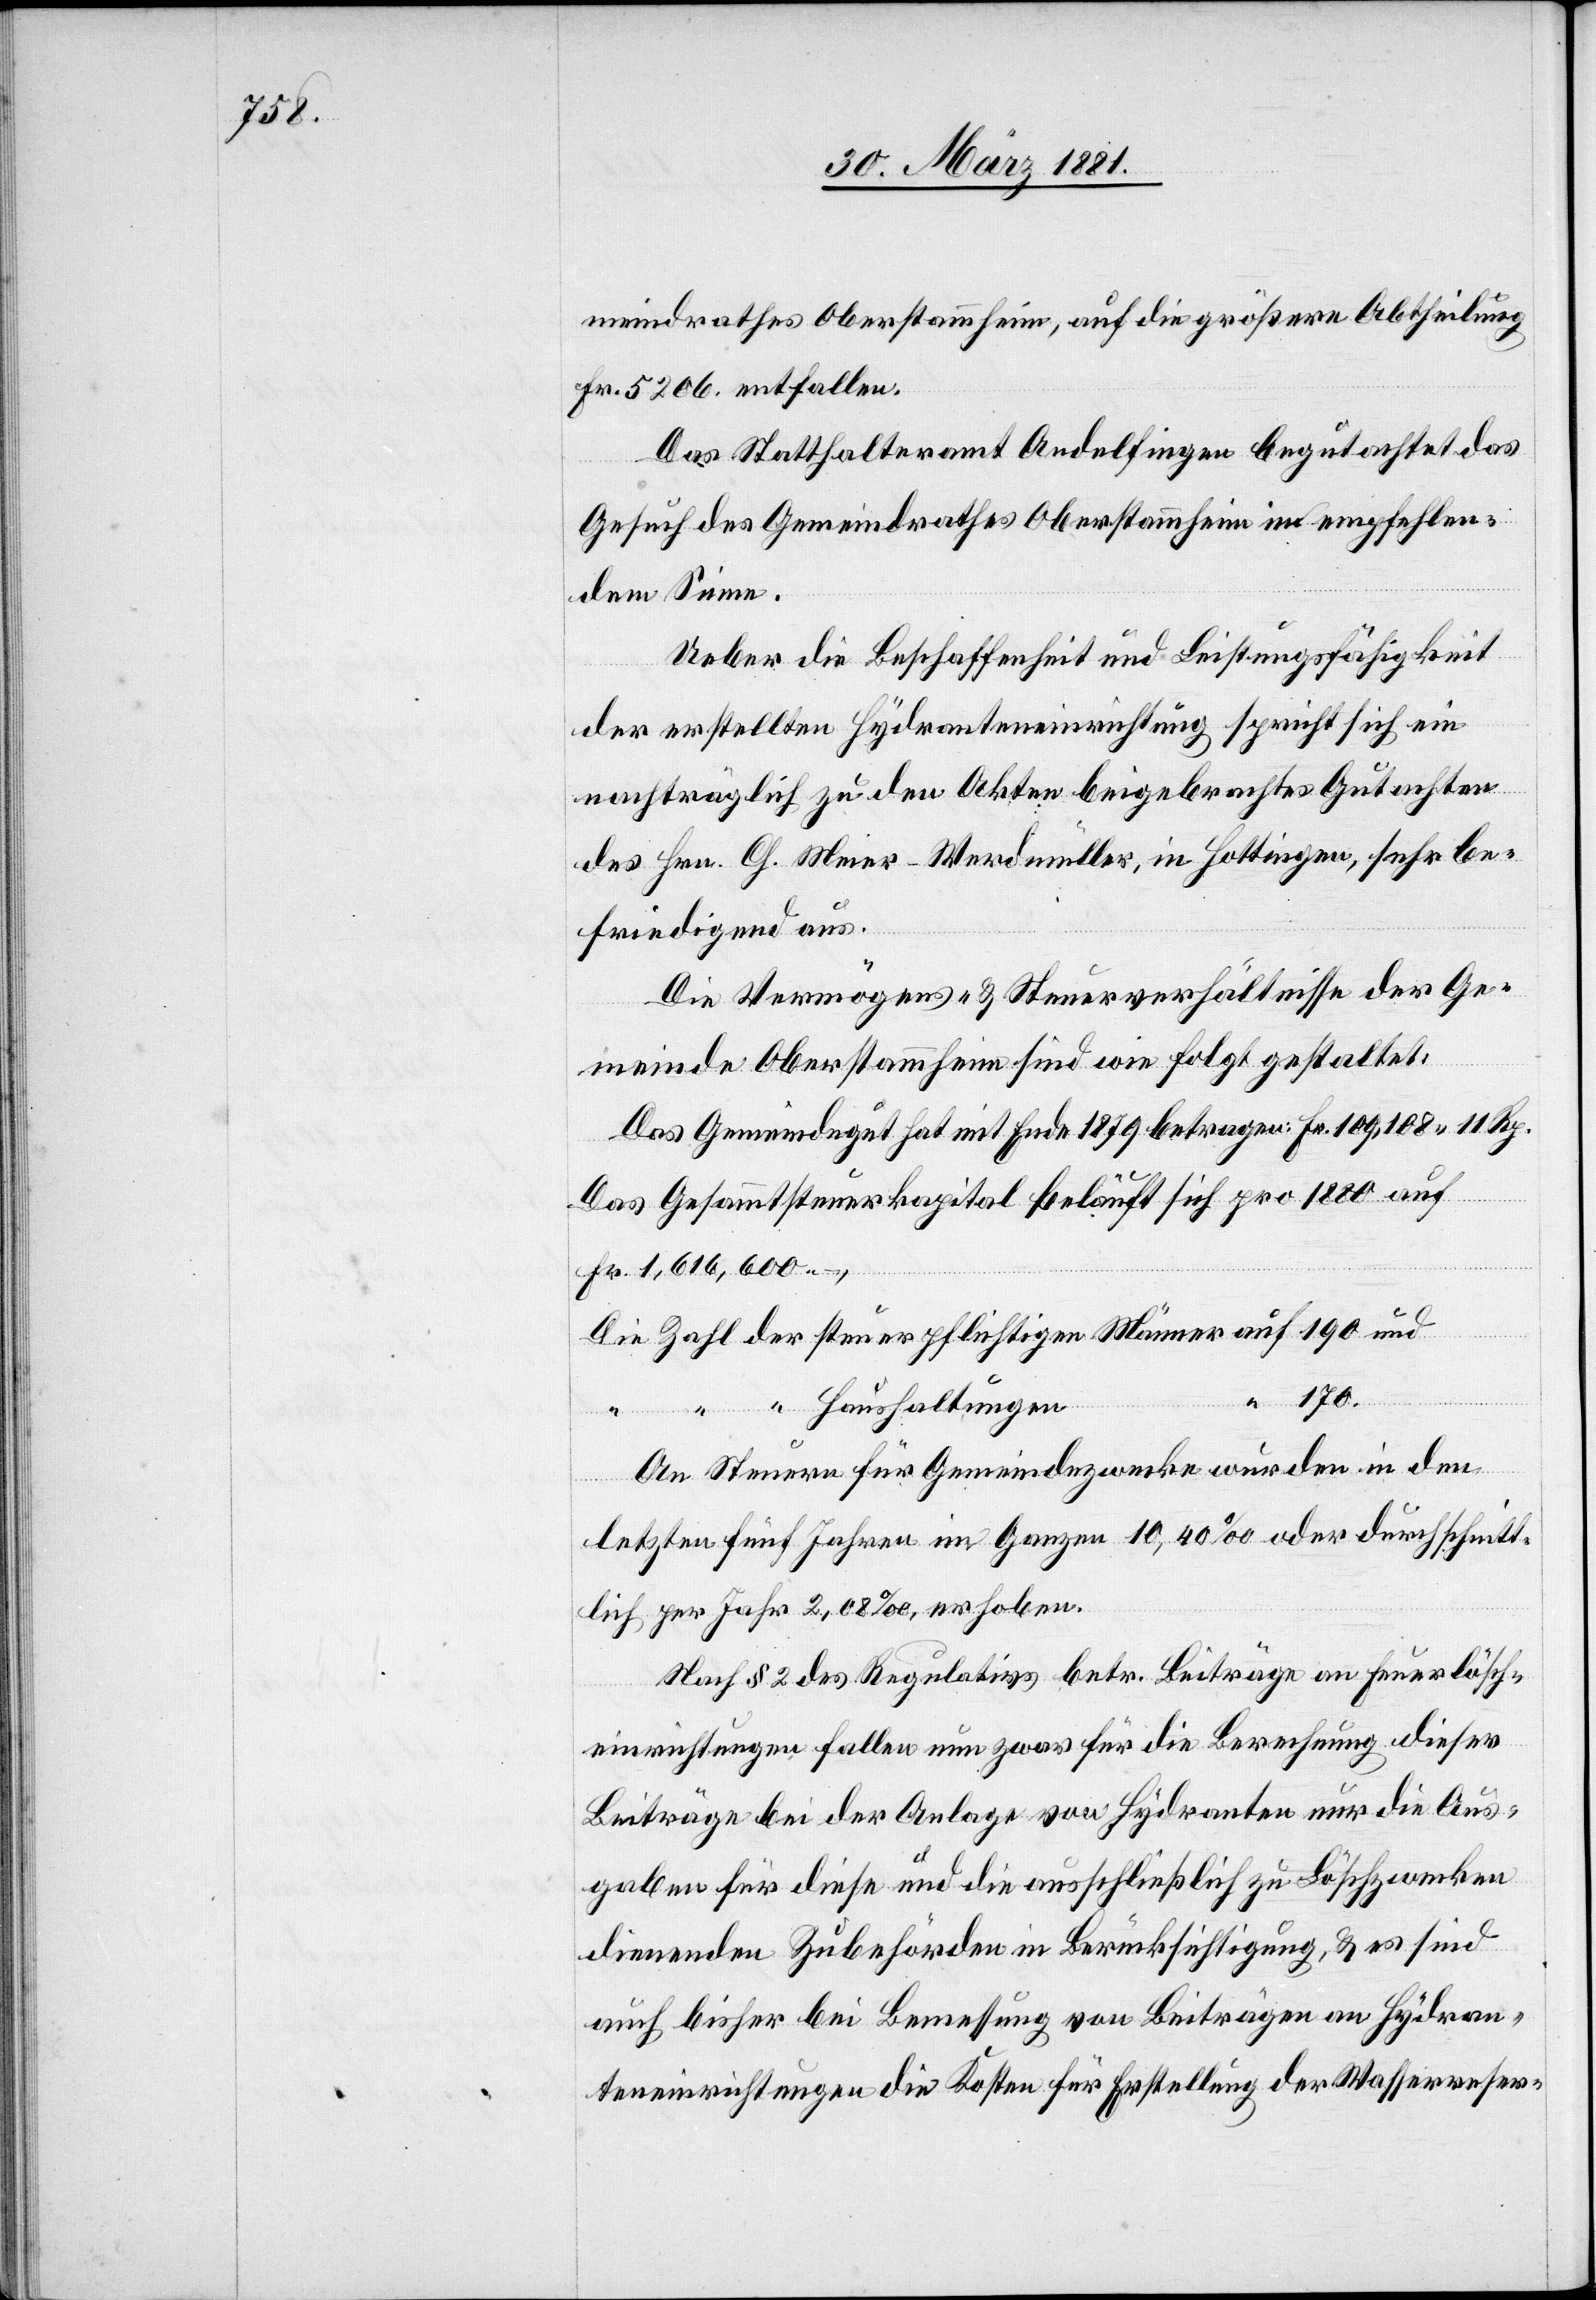
170.

meindrathes Oberstammheim, auf die größere Abtheilung
Fr. 5206. enthalten.
Das Statthalteramt Andelfingen begutachtet das
Gesuch des Gemeindrathes Oberstammheim im empfehlen¬
dem Sinne.
Ueber die Beschaffenheit und Leistungsfähigkeit
der erstellten Hydranteneinrichtung spricht sich ein
nachträglich zu den Akten beigebrachtes Gutachten
des Hrn. Ch. Meier-Werdmüller, in Hottingen, sehr be¬
friedigend aus.
Die Vermögens- & Steuerverhältnisse der Ge¬
meinde Oberstammheim sind wie folgt gestaltet:
Das Gemeindegut hat mit Ende 1879 betragen:		Fr. 109,108 11 Rp.
Das Gesammtsteuerkapital beläuft sich pro 1880 au¬
f	Fr. 1,616,600 –,
An Steuern für Gemeindezwecke wurden in den
ltungen
letzten fünf Jahren im Ganzen 10,40‰ oder durchschnitt¬
lich per Jahr 2,08‰, erhoben.
Nach § 2 des Regulativs betr. Beiträge an Feuerlösch¬
einrichtungen fallen nun zwar für die Berechnung dieser
Beiträge bei der Anlage von Hydranten nur die Aus¬
gaben für diese und die ausschließlich zu Löschzwecken
dienenden Zubehörden in Berücksichtigung, & es sind
auch bisher bei Bemessung von Beiträgen an Hydran¬
teneinrichtungen die Kosten für Erstellung der Wasserreser-